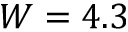
W = 4 . 3